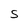
Character: S